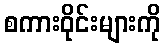
စကားဝိုင်းများကို